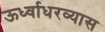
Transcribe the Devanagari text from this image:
ऊर्ध्वाधरव्यास